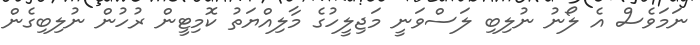
ނަމަވެސް އެ ލޯނު ނުލިބި ލަސްވަނީ މަޖިލީހުގެ މާލިއްޔަތު ކޮމިޓީން ރުހުން ނުލިބިގެން